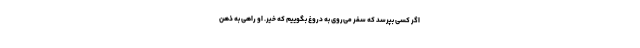
اگر کسی بپرسد که سفر می‌روی به دروغ بگوییم که خیر. او راهی به ذهن